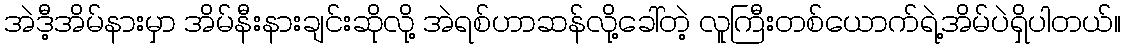
အဲဒီ့အိမ်နားမှာ အိမ်နီးနားချင်းဆိုလို့ အဲရစ်ဟာဆန်လို့ခေါ်တဲ့ လူကြီးတစ်ယောက်ရဲ့အိမ်ပဲရှိပါတယ်။